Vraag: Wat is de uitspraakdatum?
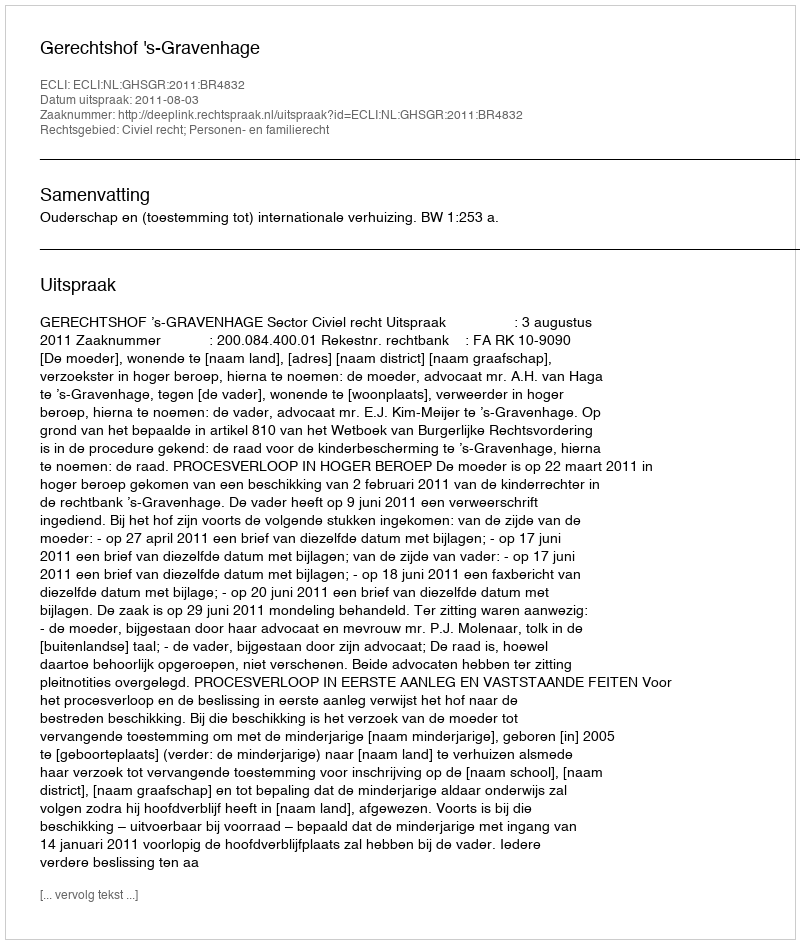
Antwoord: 2011-08-03